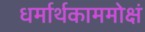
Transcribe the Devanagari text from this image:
धर्मार्थकाममोक्षं